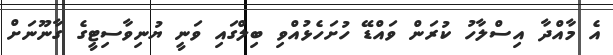
އެ މާއްދާ އިސްލާހު ކުރަން ވައްޑޭ ހުށަހެޅުއްވި ބިލްގައި ވަނީ ޔުނިވާސިޓީގެ ގާނޫނަށް